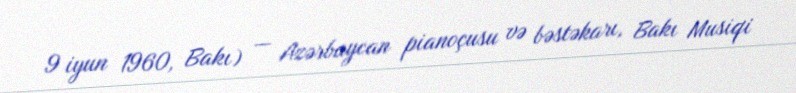
9 iyun 1960, Bakı) — Azərbaycan pianoçusu və bəstəkarı, Bakı Musiqi